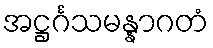
အဋ္ဌင်္ဂသမန္နာဂတံ